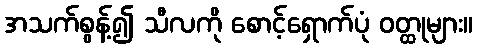
အသက်စွန့်၍ သီလကို စောင့်ရှောက်ပုံ ဝတ္ထုများ။